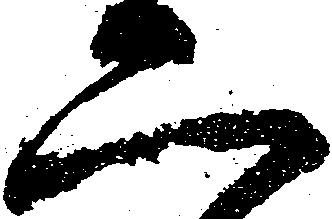
二